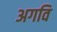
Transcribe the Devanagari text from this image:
अगवि